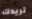
تريدك